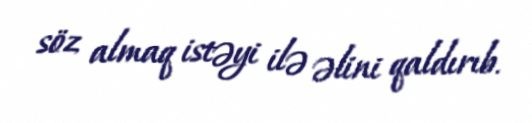
söz almaq istəyi ilə əlini qaldırıb.